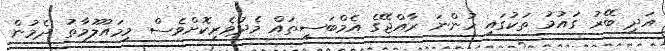
އަދި ބޭރު ގައުމު ތަކުގައި ހުންނަ ރާއްޖޭގެ އެމްބަސީތައް މެދުވެރިކޮށްވެސް މިމައުލޫމާތު ދެމުން